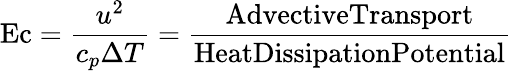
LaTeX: \mathrm{Ec}={\frac{u^{2}}{c_{p}\Delta T}}={\frac{\mathrm{AdvectiveTransport}}{\mathrm{HeatDissipationPotential}}}